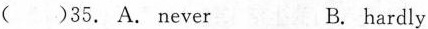
( )35. A. Never B. hardly